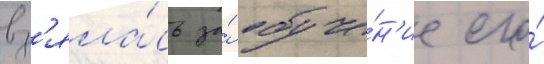
вз'яла́сь за́ обуче́н'ие его́